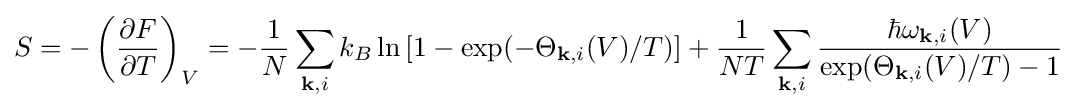
S=-\left({\frac {\partial F}{\partial T}}\right)_{V}=-{\frac {1}{N}}\sum _{\mathbf {k} ,i}k_{B}\ln \left[1-\exp(-\Theta _{\mathbf {k} ,i}(V)/T)\right]+{\frac {1}{NT}}\sum _{\mathbf {k} ,i}{\frac {\hbar \omega _{\mathbf {k} ,i}(V)}{\exp(\Theta _{\mathbf {k} ,i}(V)/T)-1}}